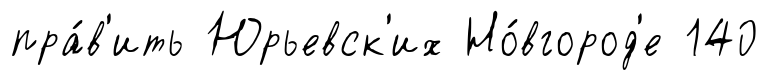
пра́в'ить Юрьевск'их Но́вгород'е 140